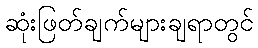
ဆုံးဖြတ်ချက်များချရာတွင်